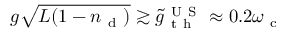
g \sqrt { L ( 1 - n _ { \mathrm { ~ d ~ } } ) } \gtrsim \tilde { g } _ { \mathrm { ~ t ~ h ~ } } ^ { \mathrm { ~ U ~ S ~ } } \approx 0 . 2 \omega _ { \mathrm { ~ c ~ } }